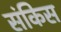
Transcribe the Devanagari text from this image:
संकिस